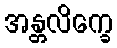
အန္တလိက္ခေ